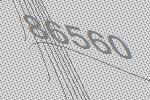
86560